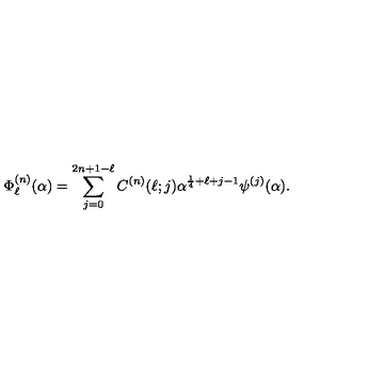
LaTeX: \Phi _ { \ell } ^ { ( n ) } ( \alpha ) = \sum _ { j = 0 } ^ { 2 n + 1 - \ell } C ^ { ( n ) } ( \ell ; j ) \alpha ^ { \frac { 1 } { 4 } + \ell + j - 1 } \psi ^ { ( j ) } ( \alpha ) .